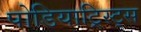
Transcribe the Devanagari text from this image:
पोडियाट्रिस्ट्स